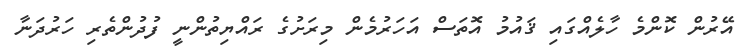
އޭރުން ކޮންމެ ހާލެއްގައި ޤައުމު އޮތަސް އަހަރުމެން މިރަށުގެ ރައްޔިތުންނީ ފުދުންތެރި ހަރުދަނާ